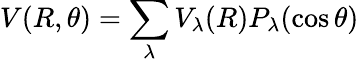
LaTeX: V(R,\theta)=\sum_{\lambda}V_{\lambda}(R)P_{\lambda}(\cos\theta)